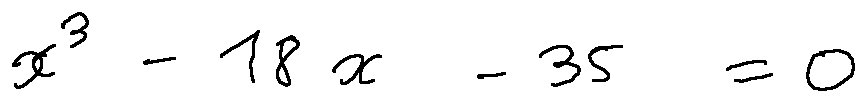
x ^ { 3 } - 1 8 x - 3 5 = 0